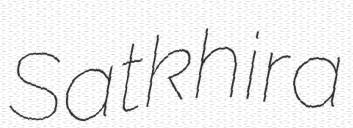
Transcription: Satkhira